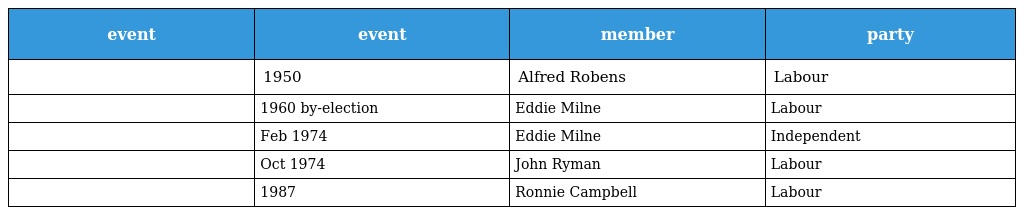
| event | event | member | party |
 | --- | --- | --- | --- |
 |  | 1950 | Alfred Robens | Labour |
 |  | 1960 by-election | Eddie Milne | Labour |
 |  | Feb 1974 | Eddie Milne | Independent |
 |  | Oct 1974 | John Ryman | Labour |
 |  | 1987 | Ronnie Campbell | Labour |